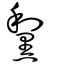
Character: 黧